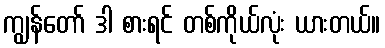
ကျွန်တော် ဒါ စားရင် တစ်ကိုယ်လုံး ယားတယ်။